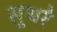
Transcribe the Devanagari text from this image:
सूथरे